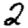
Digit: 2